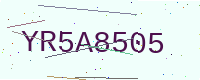
Text: YR5A8505